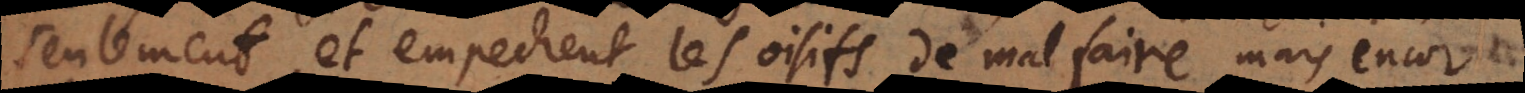
seulement, et empechent les oisifs de malfaire, mais encor